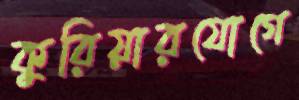
কুরিয়ারযোগে